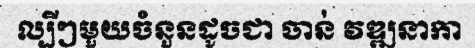
ល្បីៗមួយចំនួនដូចជា ចាន់ វឌ្ឍនាកា